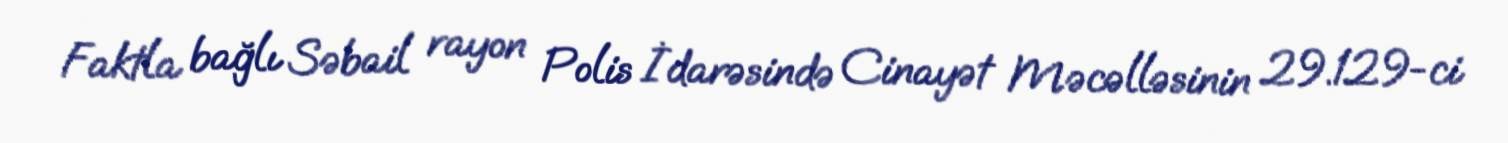
Faktla bağlı Səbail rayon Polis İdarəsində Cinayət Məcəlləsinin 29.129-ci